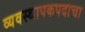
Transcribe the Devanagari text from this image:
व्यवस्थापकपदाचा